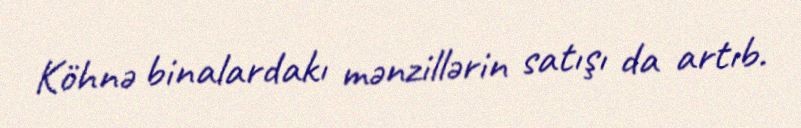
Köhnə binalardakı mənzillərin satışı da artıb.